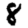
Digit: 8